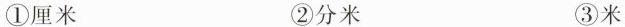
①厘米 ②分米 ③米